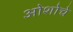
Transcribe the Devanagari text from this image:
ओशोचे